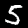
Digit: 5